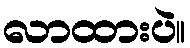
လာထားပဲ။